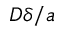
D \delta / a